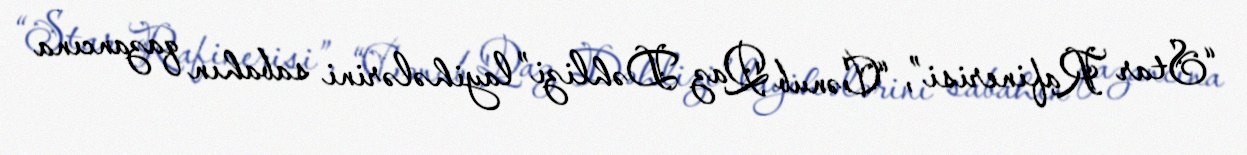
“Star Rafinerisi”, “Cənub Qaz Dəhlizi” layihələrini sabahın qazancına